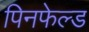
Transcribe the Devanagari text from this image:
पिनफेल्ड